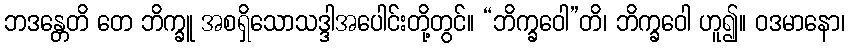
ဘဒန္တေတိ တေ ဘိက္ခူ အစရှိသောသဒ္ဒါအပေါင်းတို့တွင်။ “ဘိက္ခဝေါ”တိ၊ ဘိက္ခဝေါ ဟူ၍။ ဝဒမာနော၊